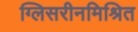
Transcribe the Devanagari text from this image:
ग्लिसरीनमिश्रित